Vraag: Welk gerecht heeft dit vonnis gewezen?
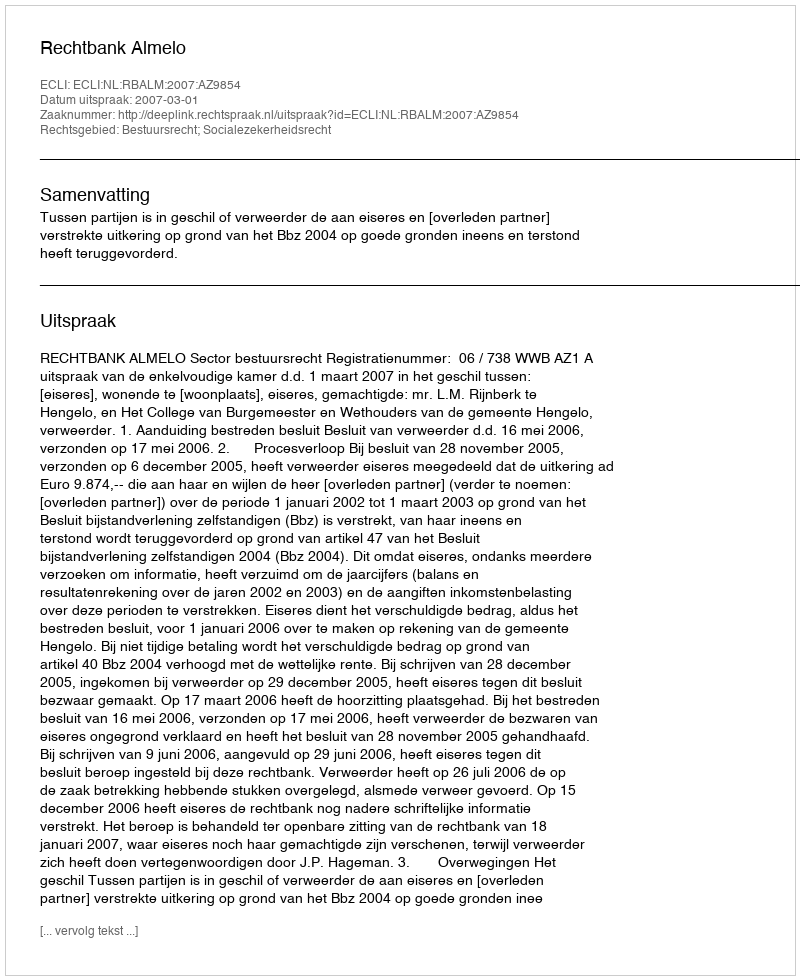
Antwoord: Rechtbank Almelo